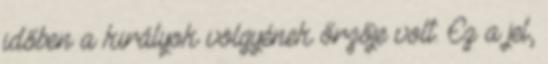
időben a királyok völgyének őrzője volt. Ez a jel,